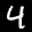
Label: 4